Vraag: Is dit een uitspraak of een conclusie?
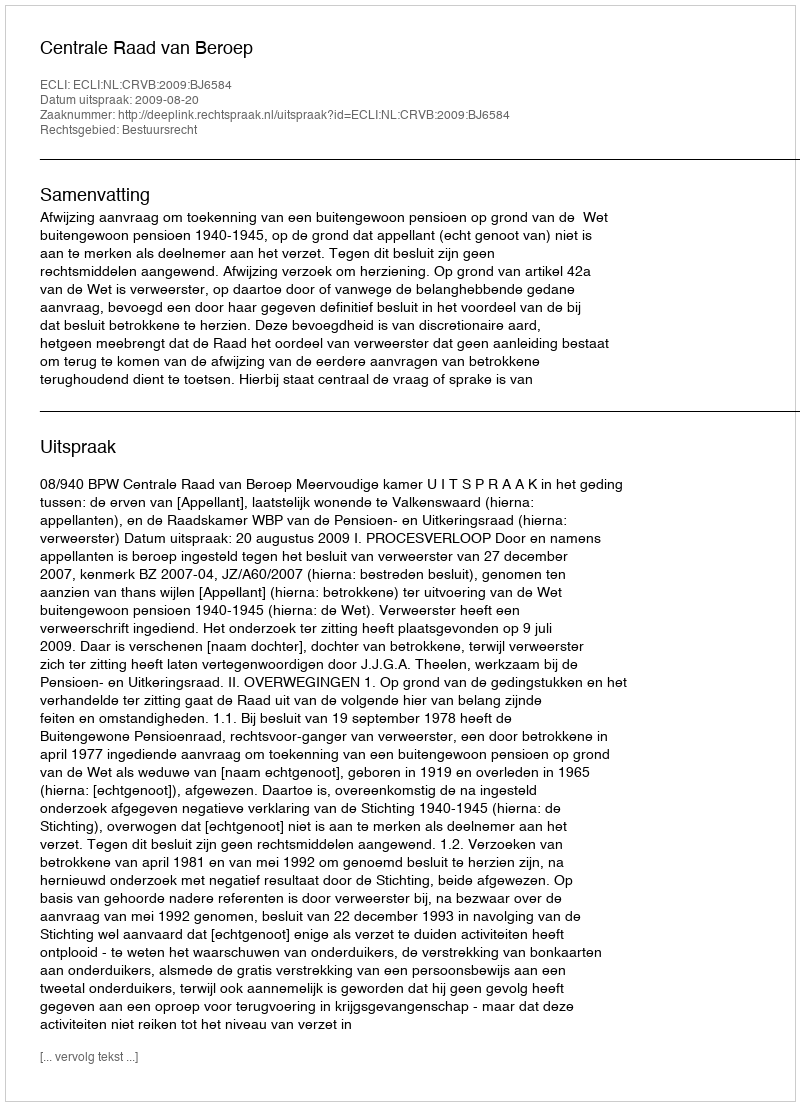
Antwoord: Uitspraak